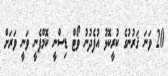
20 ވަނަ ޤަރުނުގެ ކުރީކޮޅު އުފެދުނު ވޯޓް ޑިސްނީ ކޮމްޕެނީ ވަނީ ވަރަށް